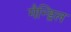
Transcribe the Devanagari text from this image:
मैन्ड्रिल